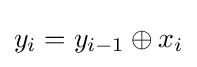
y_{i}=y_{i-1}\oplus x_{i}